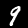
Label: 9